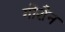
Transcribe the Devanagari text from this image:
गोशेन